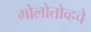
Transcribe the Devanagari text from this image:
मोलोतोव्हचे